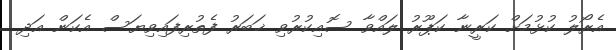
އެރޯލު ކުޅުމަށް ކަރީނާ ކަޕޫރު ލައްވާ ސޮއިކުރުވި ޚަބަރު ފެތުރިފައިވިޔަސް އެކަން އަދި